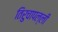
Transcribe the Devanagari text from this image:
तिरुचापल्ली